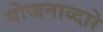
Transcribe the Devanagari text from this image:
योजनाव्दारे